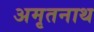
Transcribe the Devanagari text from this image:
अमृतनाथ